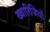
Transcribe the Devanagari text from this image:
ख्वारिजियों